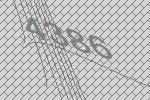
4386